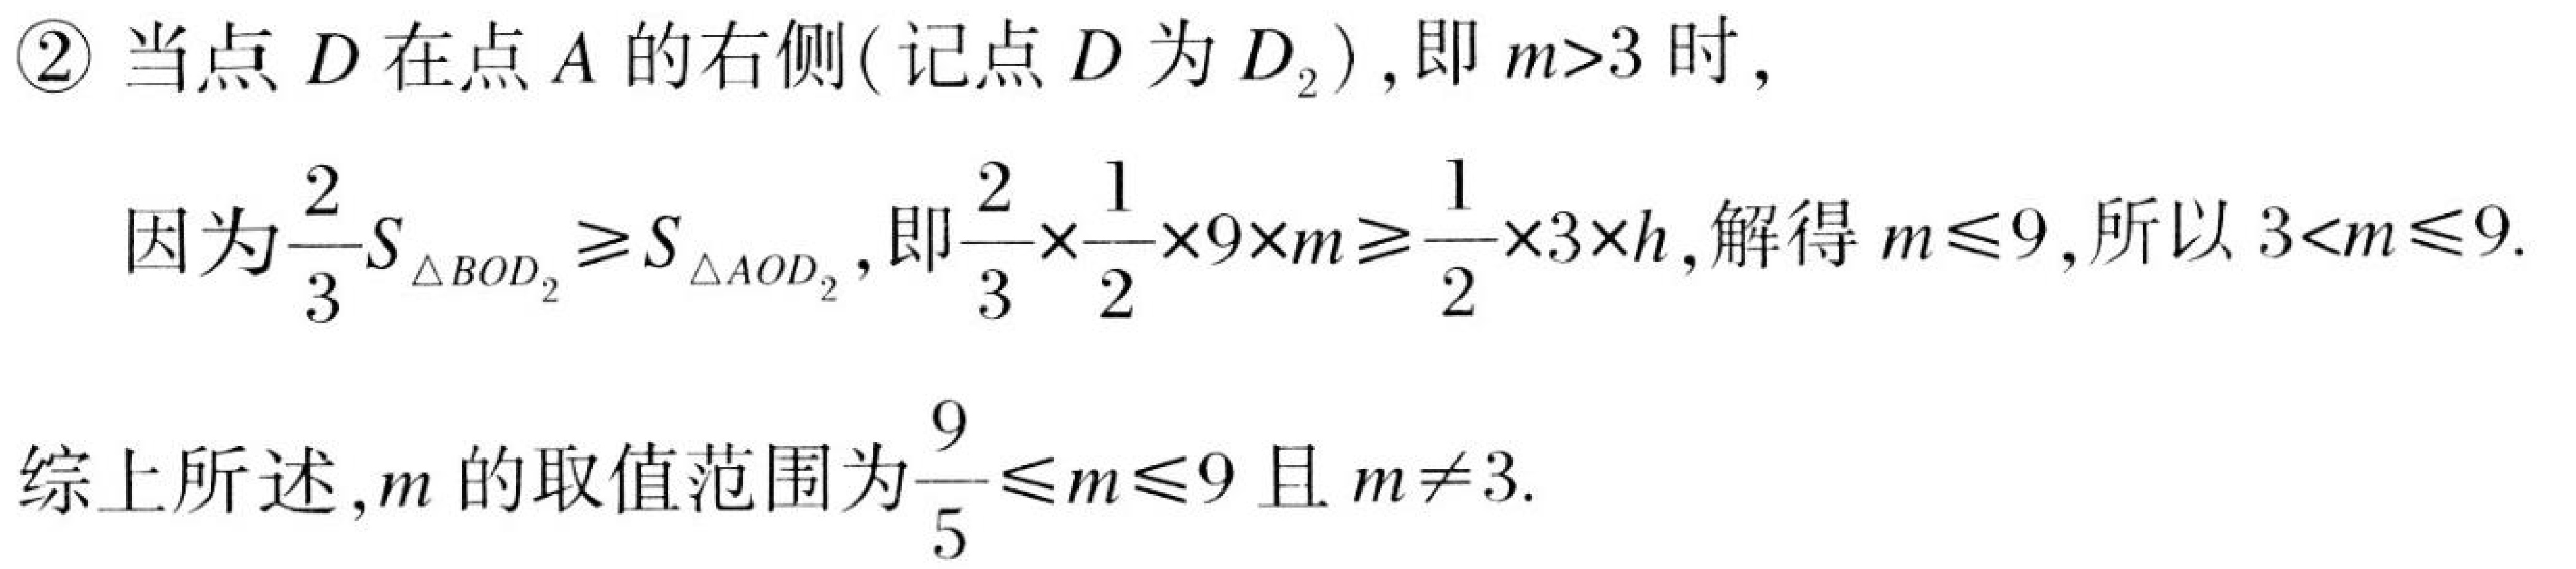
\textcircled{2} 当点 \(D\) 在点 \(A\) 的右侧(记点 \(D\) 为 \(D_{2}\)),即 \(m > 3\) 时,

因为\(\dfrac{2}{3}S_{\triangle BOD_{2}}\geq S_{\triangle AOD_{2}}\),即\(\dfrac{2}{3}\times\dfrac{1}{2}\times9\times m\geq\dfrac{1}{2}\times3\times h\),解得 \(m\leq 9\),所以 \(3 < m\leq 9\).

综上所述,\(m\) 的取值范围为\(\dfrac{9}{5}\leq m\leq 9\) 且 \(m\neq 3\).